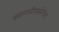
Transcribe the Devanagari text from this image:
प्रमाणमीमांसेतील